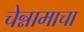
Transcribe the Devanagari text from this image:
चेन्नामाचा